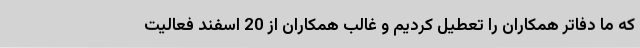
که ما دفاتر همکاران را تعطیل کردیم و غالب همکاران از 20 اسفند فعالیت